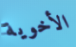
الأخوية